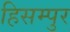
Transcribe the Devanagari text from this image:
हिसम्पुर